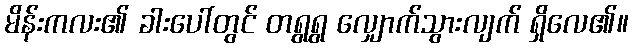
မိန်းကလး၏ ခါးပေါ်တွင် တရွရွ လျှောက်သွားလျက် ရှိလေ၏။